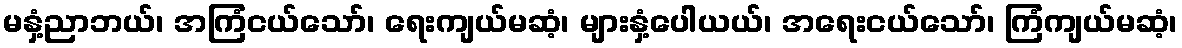
မနှံ့ညာဘယ်၊ အကြံငယ်သော်၊ ရေးကျယ်မဆံ့၊ များနှံ့ပေါယယ်၊ အရေးငယ်သော်၊ ကြံကျယ်မဆံ့၊